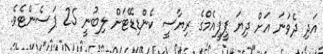
އަދި ދެވަނަ އަށް ދިޔަ ޕީޕީއެމްގެ ރިޔާސީ ކެންޑިޑޭޓަށް ލިބުނީ 25 ޕަސެންޓެވެ.